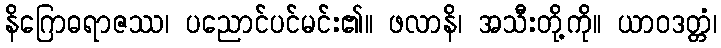
နိဂြောဓရာဇဿ၊ ပညောင်ပင်မင်း၏။ ဖလာနိ၊ အသီးတို့ကို။ ယာဝဒတ္တံ၊